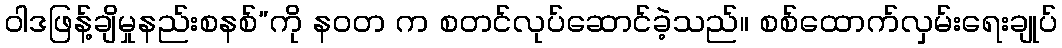
ဝါဒဖြန့်ချိမှုနည်းစနစ်”ကို နဝတ က စတင်လုပ်ဆောင်ခဲ့သည်။ စစ်ထောက်လှမ်းရေးချုပ်